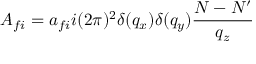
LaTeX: A _ { f i } = a _ { f i } i ( 2 \pi ) ^ { 2 } \delta ( q _ { x } ) \delta ( q _ { y } ) \frac { N - N ^ { \prime } } { q _ { z } }